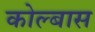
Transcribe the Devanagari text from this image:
कोल्बास